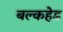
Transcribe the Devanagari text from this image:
बल्‍कहेड